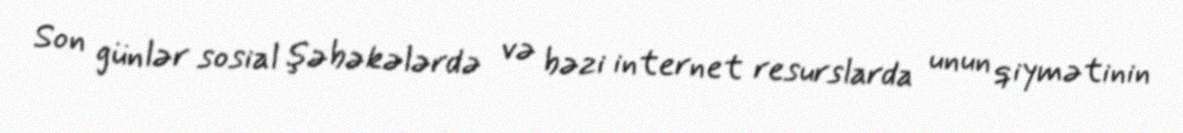
Son günlər sosial şəbəkələrdə və bəzi internet resurslarda unun qiymətinin